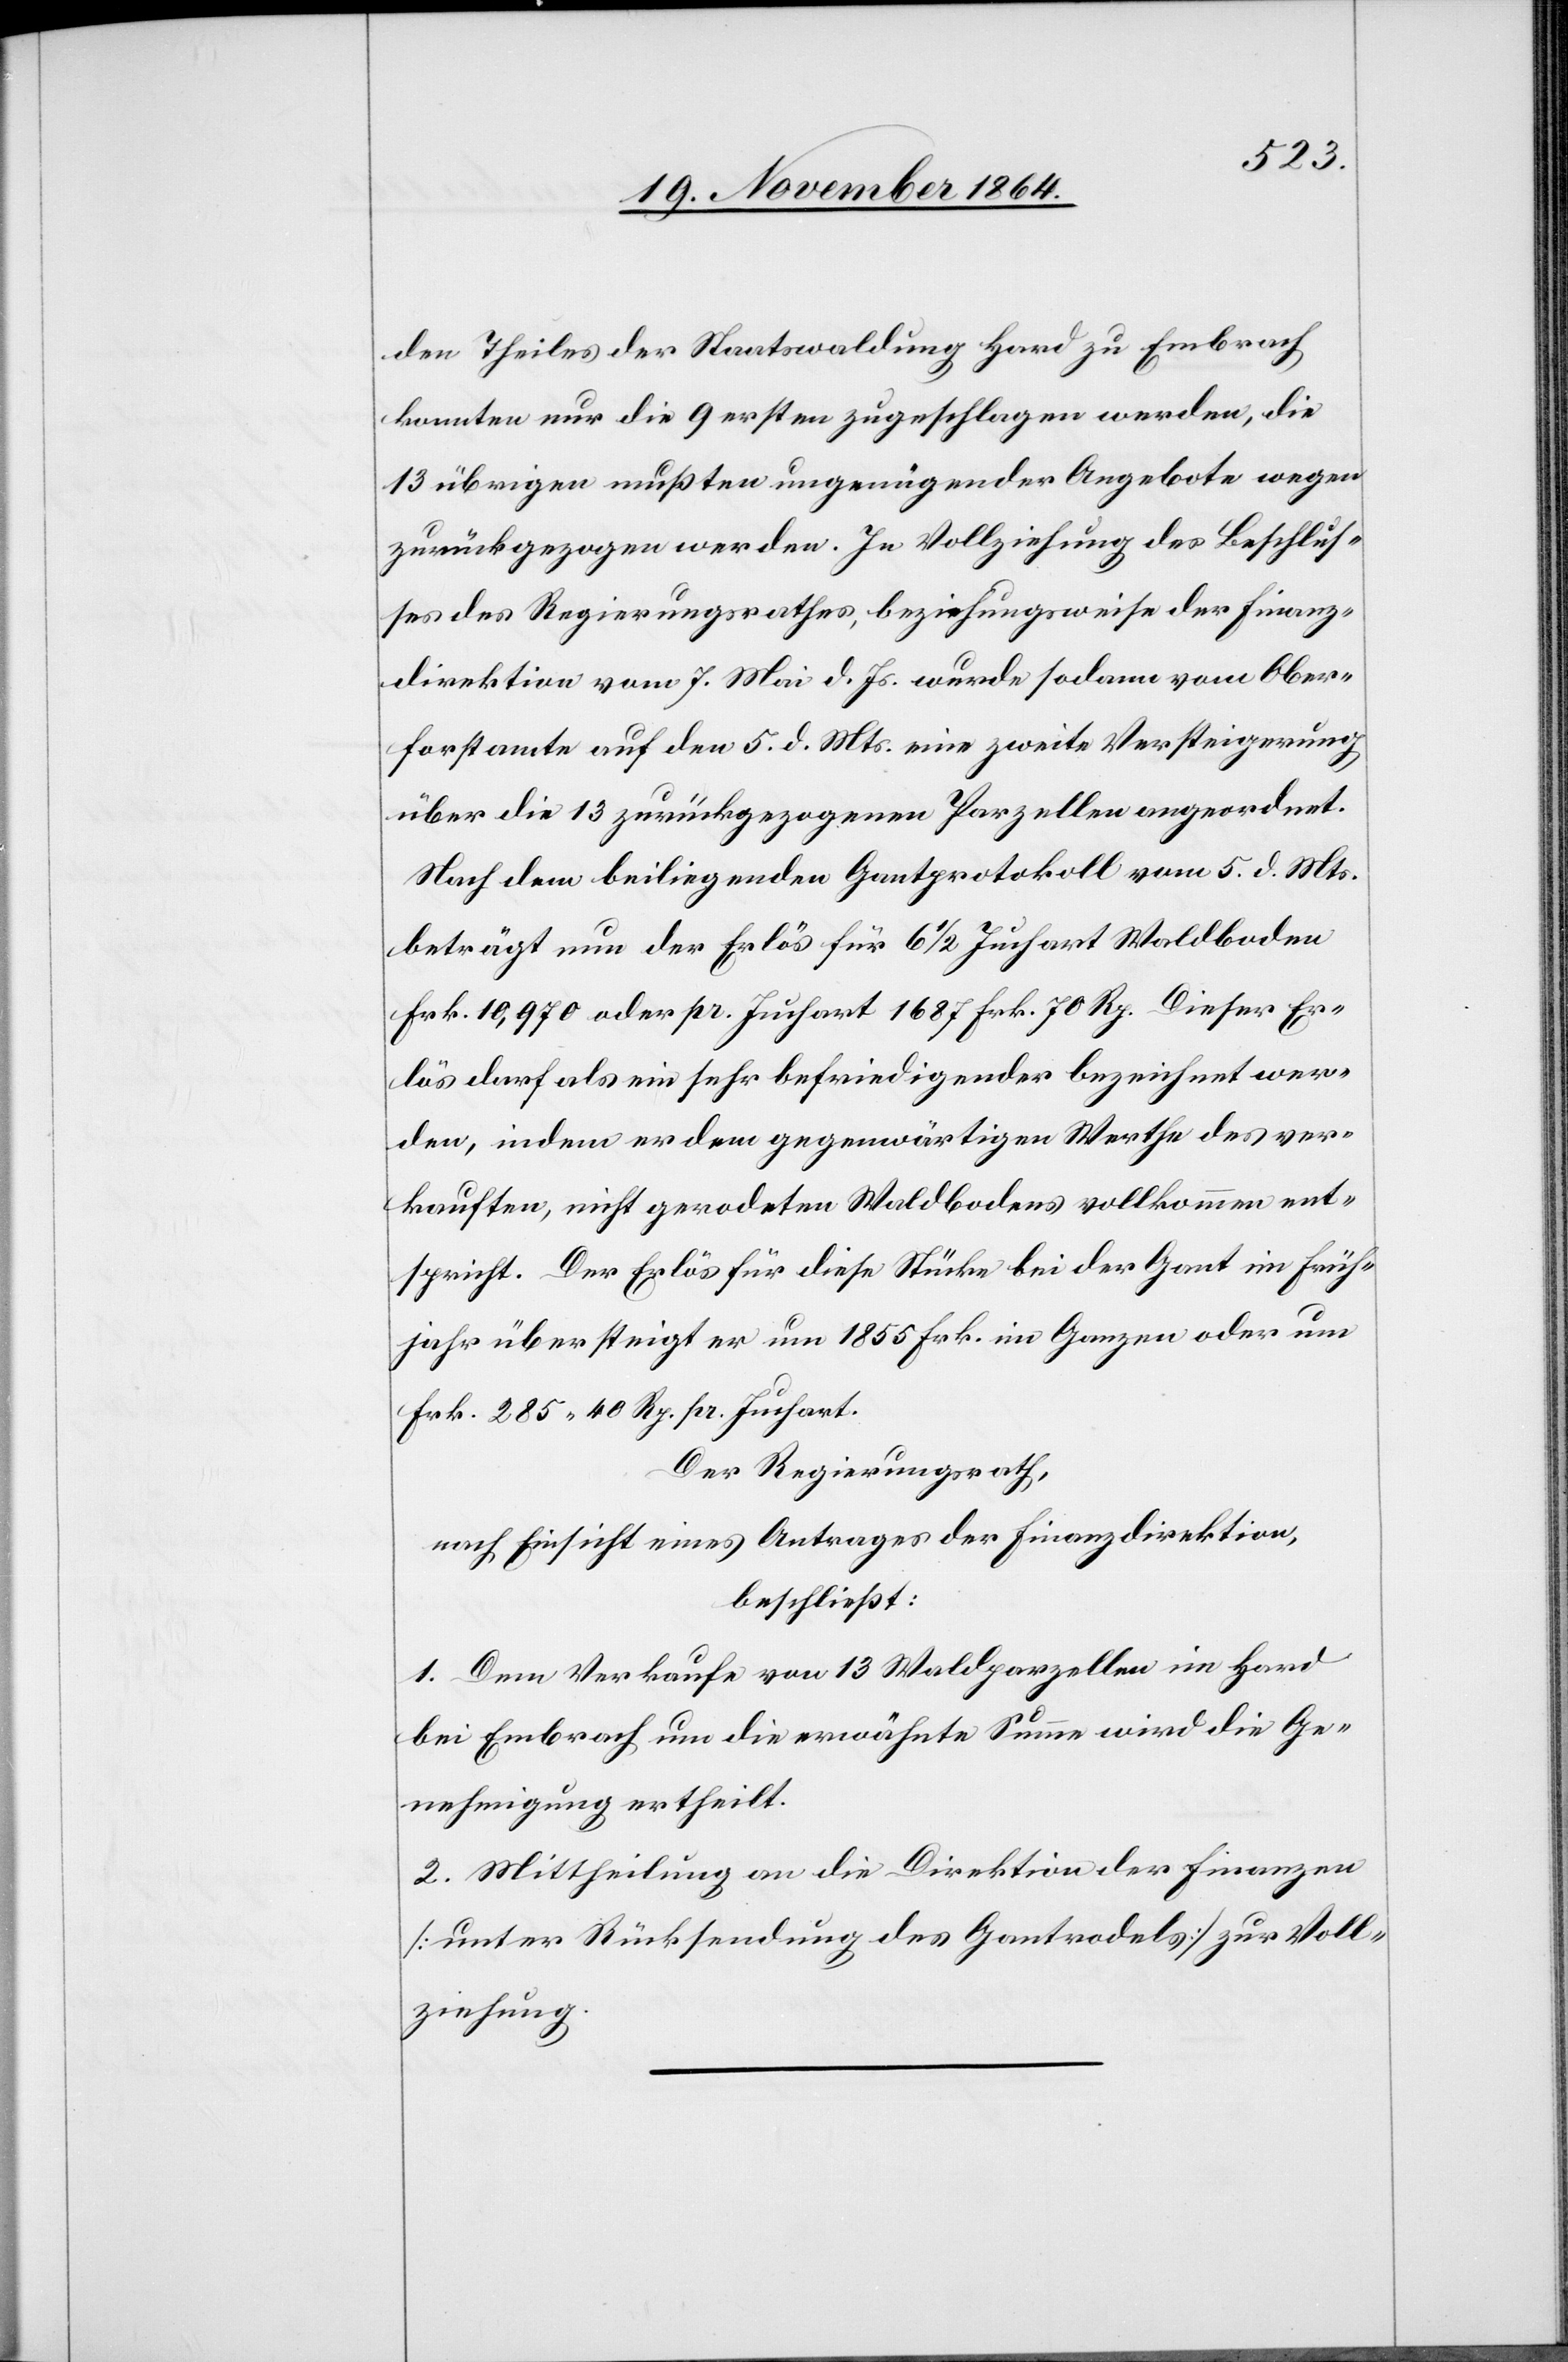
den Theiles der Staatswaldung Hard zu Embrach
konnten nur die 9 ersten zugeschlagen werden, die
13 übrigen mußten ungenügender Angebote wegen
zurückgezogen werden. In Vollziehung des Beschlus¬
ses des Regierungsrathes, beziehungsweise der Finanz¬
direktion vom 7. Mai d. Js. wurde sodann vom Ober¬
forstamte auf den 5. d. Mts. eine zweite Versteigerung
über die 13 zurückgezogenen Parzellen angeordnet.
Nach dem beiliegenden Gantprotokoll vom 5. d. Mts.
beträgt nun der Erlös für 6 1/2 Juchart Waldboden
Frk. 10,970 oder pr. Juchart 1687 Frk. 70 Rp. Dieser Er¬
lös darf als ein sehr befriedigender bezeichnet wer¬
den, indem er dem gegenwärtigen Werthe des ver¬
kauften nicht gerodeten Waldbodens vollkommen ent¬
spricht. Der Erlös für diese Stücke bei der Gant im Früh¬
jahr übersteigert er um 1855 Frk. im Ganzen oder um
Frk. 285.40 Rp. pr. Juchart.
Der Regierungsrath,
nach Einsicht eines Antrages der Finanzdirektion,
beschließt:
1. Dem Verkaufe von 13 Waldparzellen im Hard
bei Embrach um die erwähnte Summe wird die Ge¬
nehmigung ertheilt.
2. Mittheilung an die Direktion der Finanzen
[unter Rücksendung des Gantrodels] zur Voll¬
ziehung.